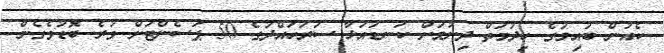
ކެއުން ބުއިމުގެ ހިދުމަތް ދިނުމަށް ކަނޑައަޅާ ސަރަހައްދުގެ 50 ޕަސެންޓަށް ވުރެ ބޮޑުވެގެން